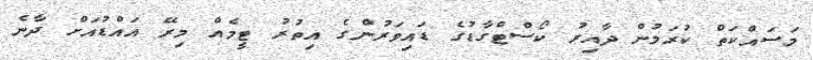
މަސައްކަތް ކުރަމުން ދާއިރު ކޯސްޓްގާޑުގެ ޑައިވަރުންގެ އިތުރު ޓީމެއް މިރޭ އައްޑުއަށް ދާނެ